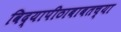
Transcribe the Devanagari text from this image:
विद्यापीठाबाबतच्या